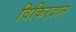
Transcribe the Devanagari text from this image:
विकिरदान